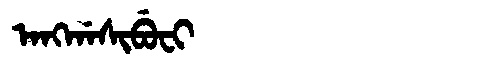
Manchu: ᠠᠩᡤᠠᠰᡳᠪᡠᠸᡳ
Romanization: ANGGASIBUFI